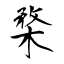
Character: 楘